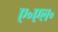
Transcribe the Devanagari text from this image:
ए॰एल॰